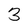
Character: 3